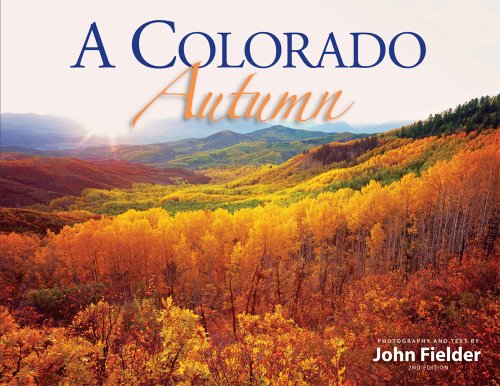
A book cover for Colorado Autumn; John Fielder; Arts & Photography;